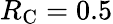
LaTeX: R_{\textrm{C}}=0.5